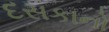
દસકાનો